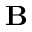
\mathbf { B }